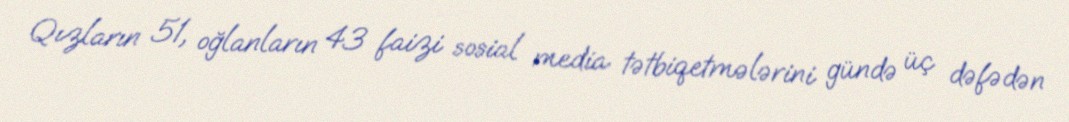
Qızların 51, oğlanların 43 faizi sosial media tətbiqetmələrini gündə üç dəfədən